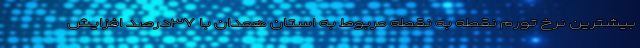
بیشترین نرخ تورم نقطه به نقطه مربوط به استان همدان با ٣٧درصد افزایش